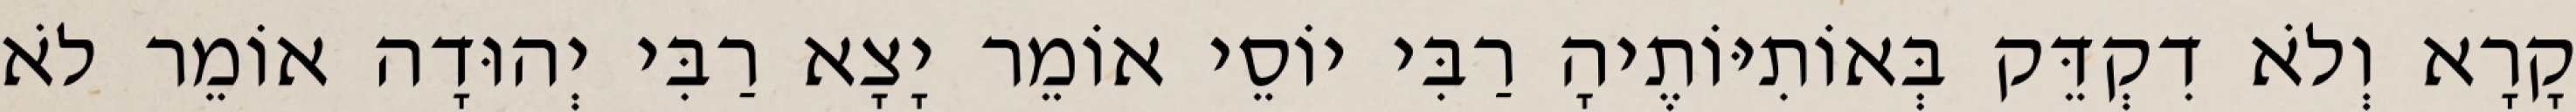
קָרָא וְלֹא דִקְדֵּק בְּאוֹתִיּוֹתֶיהָ רַבִּי יוֹסֵי אוֹמֵר יָצָא רַבִּי יְהוּדָה אוֹמֵר לֹא